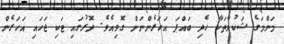
މަންމަގެ ޝަކުވާތަކާ ހެދި ބައްޕަ އަހަރެންނަށް ގޮވިއެވެ. ދޮރުގައި ޓަކި ޖަހައި އަހަރެން